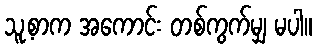
သူ့စာက အကောင်း တစ်ကွက်မျှ မပါ။